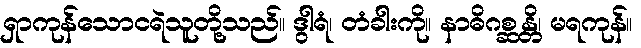
ရှာကုန်သောငရဲသူတို့သည်။ ဒွါရံ၊ တံခါးကို။ နာဓိဂစ္ဆန္တိ၊ မရကုန်။